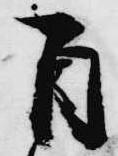
自